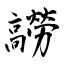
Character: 髝